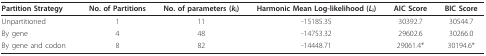
<table><thead><tr><td><b>Partition Strategy</b></td><td><b>No. of Partitions</b></td><td><b>No. of parameters (<i>k</i><sub>i</sub>)</b></td><td><b>Harmonic Mean Log-likelihood (<i>L</i><sub>i</sub>)</b></td><td><b>AIC Score</b></td><td><b>BIC Score</b></td></tr></thead><tbody><tr><td>Unpartitioned</td><td>1</td><td>11</td><td>-15185.35</td><td>30392.7</td><td>30544.7</td></tr><tr><td>By gene</td><td>4</td><td>48</td><td>-14753.32</td><td>29602.6</td><td>30266.0</td></tr><tr><td>By gene and codon</td><td>8</td><td>82</td><td>-14448.71</td><td>29061.4*</td><td>30194.6*</td></tr></tbody></table>